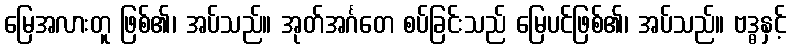
မြေအလားတူ ဖြစ်၏၊ အပ်သည်။ အုတ်အင်္ဂတေ စပ်ခြင်းသည် မြေပင်ဖြစ်၏၊ အပ်သည်။ ဗဒ္ဓနှင့်